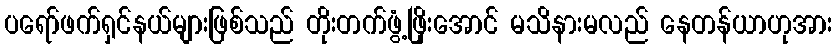
ပရော်ဖက်ရှင်နယ်များဖြစ်သည် တိုးတက်ဖွံ့ဖြိုးအောင် မသိနားမလည် နေတန်ယာဟုအား